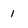
Character: 1